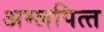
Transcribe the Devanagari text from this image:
अम्‍लपित्‍त